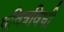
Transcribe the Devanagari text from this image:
पवित्रविधी